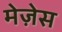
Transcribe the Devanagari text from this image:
मेज़ेस